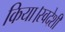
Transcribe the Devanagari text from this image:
किया।स्वदेशी